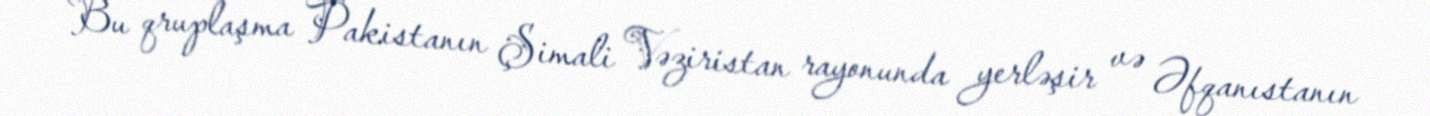
Bu qruplaşma Pakistanın Şimali Vəziristan rayonunda yerləşir və Əfqanıstanın